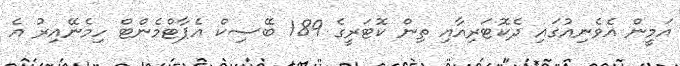
އަމީން އެވެނިއުގައި ދެކޮޓަރިއާއި ތިން ކޮޓަރީގެ 189 ބޭސިކް އެޕާޓްމެންޓް ހިމެނޭއިރު އެ